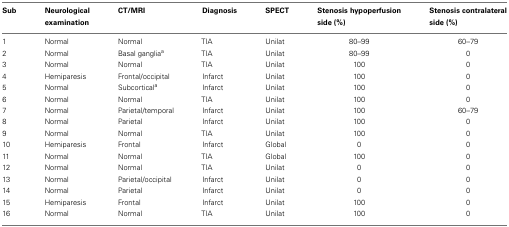
<table><thead><tr><td><b>Sub</b></td><td><b>Neurological examination</b></td><td><b>CT/MRI</b></td><td><b>Diagnosis</b></td><td><b>SPECT</b></td><td><b>Stenosis hypoperfusion side (%)</b></td><td><b>Stenosis contralateral side (%)</b></td></tr></thead><tbody><tr><td>1</td><td>Normal</td><td>Normal</td><td>TIA</td><td>Unilat</td><td>80–99</td><td>60–79</td></tr><tr><td>2</td><td>Normal</td><td>Basal ganglia<sup>a</sup></td><td>TIA</td><td>Unilat</td><td>80–99</td><td>0</td></tr><tr><td>3</td><td>Normal</td><td>Normal</td><td>TIA</td><td>Unilat</td><td>100</td><td>0</td></tr><tr><td>4</td><td>Hemiparesis</td><td>Frontal/occipital</td><td>Infarct</td><td>Unilat</td><td>100</td><td>0</td></tr><tr><td>5</td><td>Normal</td><td>Subcortical<sup>a</sup></td><td>Infarct</td><td>Unilat</td><td>100</td><td>0</td></tr><tr><td>6</td><td>Normal</td><td>Normal</td><td>TIA</td><td>Unilat</td><td>100</td><td>0</td></tr><tr><td>7</td><td>Normal</td><td>Parietal/temporal</td><td>Infarct</td><td>Unilat</td><td>100</td><td>60–79</td></tr><tr><td>8</td><td>Normal</td><td>Parietal</td><td>Infarct</td><td>Unilat</td><td>100</td><td>0</td></tr><tr><td>9</td><td>Normal</td><td>Normal</td><td>TIA</td><td>Unilat</td><td>100</td><td>0</td></tr><tr><td>10</td><td>Hemiparesis</td><td>Frontal</td><td>Infarct</td><td>Global</td><td>0</td><td>0</td></tr><tr><td>11</td><td>Normal</td><td>Normal</td><td>TIA</td><td>Global</td><td>100</td><td>0</td></tr><tr><td>12</td><td>Normal</td><td>Normal</td><td>TIA</td><td>Unilat</td><td>0</td><td>0</td></tr><tr><td>13</td><td>Normal</td><td>Parietal/occipital</td><td>Infarct</td><td>Unilat</td><td>0</td><td>0</td></tr><tr><td>14</td><td>Normal</td><td>Parietal</td><td>Infarct</td><td>Unilat</td><td>0</td><td>0</td></tr><tr><td>15</td><td>Hemiparesis</td><td>Frontal</td><td>Infarct</td><td>Unilat</td><td>100</td><td>0</td></tr><tr><td>16</td><td>Normal</td><td>Normal</td><td>TIA</td><td>Unilat</td><td>100</td><td>0</td></tr></tbody></table>